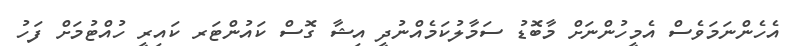
އެހެންނަމަވެސް އެމީހުންނަށް މާބޮޑު ސަމާލުކަމެއްނުދީ އިޝާ ގޮސް ކައުންޓަރ ކައިރީ ހުއްޓުމަށް ފަހު